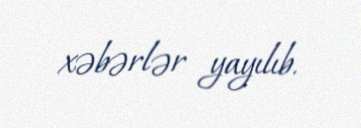
xəbərlər yayılıb.